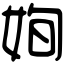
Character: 姰